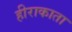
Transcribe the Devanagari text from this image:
हीराकाता